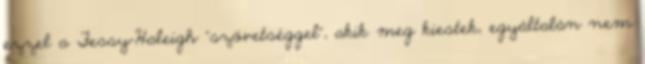
ezzel a Fessy-Haleigh “szövetséggel”, akik meg kiestek, egyáltalán nem